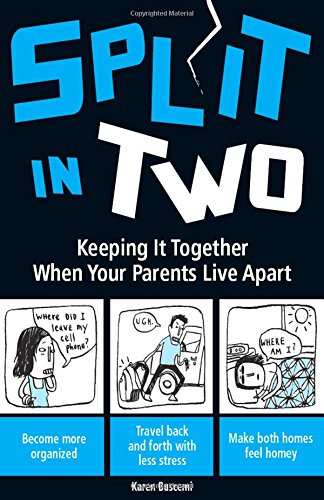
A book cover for Split In Two: Keeping it Together When Your Parents Live Apart; Karen Buscemi; Teen & Young Adult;